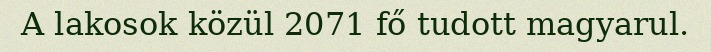
A lakosok közül 2071 fő tudott magyarul.